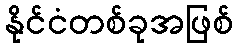
နိုင်ငံတစ်ခုအဖြစ်